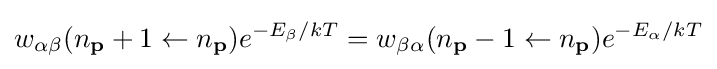
w_{\alpha \beta }(n_{\mathbf {p} }+1\leftarrow n_{\mathbf {p} })e^{-E_{\beta }/kT}=w_{\beta \alpha }(n_{\mathbf {p} }-1\leftarrow n_{\mathbf {p} })e^{-E_{\alpha }/kT}